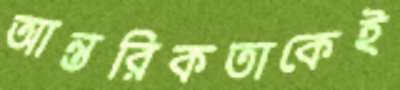
আন্তরিকতাকেই